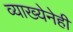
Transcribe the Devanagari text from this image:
व्याख्येनेही